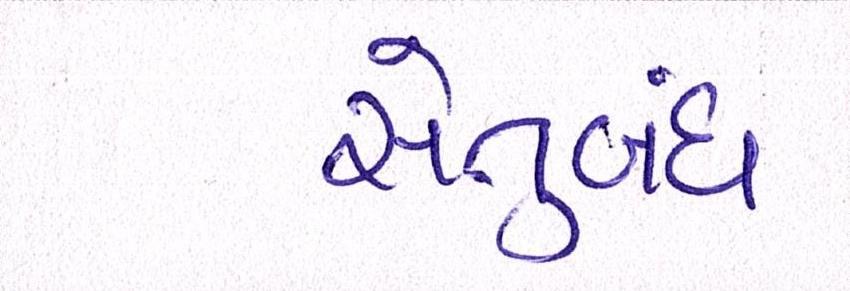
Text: સેતુબંધ